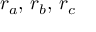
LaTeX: r _ { a } , \, r _ { b } , \, r _ { c }